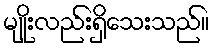
မျိုးလည်းရှိသေးသည်။